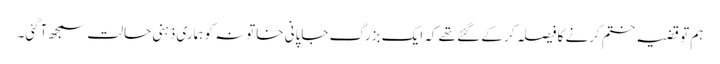
ہم تو قضیہ ختم کرنے کا فیصلہ کر کے گئے تھے کہ ایک بزرگ جاپانی خاتونہ کو ہماری ذہنی حالت سمجھ آگئی۔